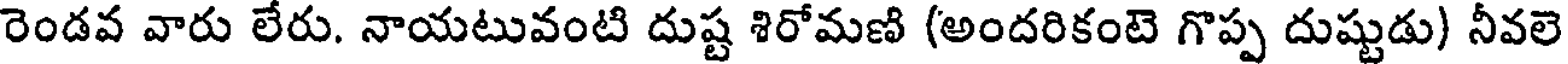
రెండవ వారు లేరు. నాయటువంటి దుష్ట శిరోమణి (అందరికంటె గొప్ప దుష్టుడు) నీవలె